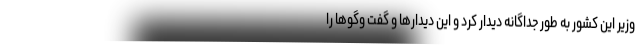
وزیر این کشور به طور جداگانه دیدار کرد و این دیدارها و گفت وگوها را